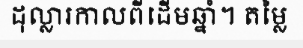
ដុល្លារកាលពីដើមឆ្នាំ។ តម្លៃ